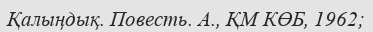
Қалыңдық. Повесть. А., ҚМ КӨБ, 1962;